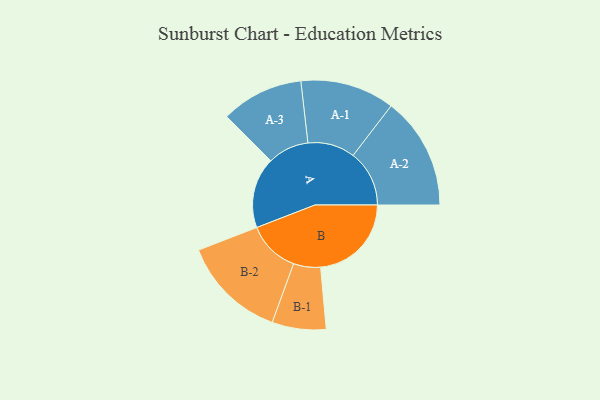
{"axis": {"x": "Segment", "y": "Value"}, "legend": ["", "A", "B"], "data": [{"x": "A", "y": 344, "type": ""}, {"x": "B", "y": 441, "type": ""}, {"x": "A-1", "y": 229, "type": "A"}, {"x": "A-2", "y": 273, "type": "A"}, {"x": "A-3", "y": 200, "type": "A"}, {"x": "B-1", "y": 131, "type": "B"}, {"x": "B-2", "y": 254, "type": "B"}]}